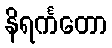
နိရင်္ကတော